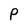
Character: P